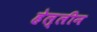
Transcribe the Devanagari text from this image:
हेल्लीन